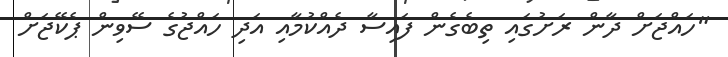
"ހައްޖަށް ދާން ރަށުގައި ތިބެގެން ފައިސާ ދެއްކުމާއި އަދި ހައްޖުގެ ސޭވިން ޕެކޭޖަށް